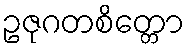
ဥဇုဂတစိတ္တော